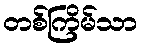
တစ်ကြိမ်သာ